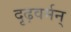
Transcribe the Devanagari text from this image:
दृढ़वर्मन्